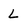
Character: L